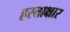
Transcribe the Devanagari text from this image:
हस्ताक्षार